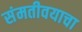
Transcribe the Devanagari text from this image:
संमतीवयाचा